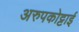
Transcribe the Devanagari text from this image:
अरुपकोट्टाई